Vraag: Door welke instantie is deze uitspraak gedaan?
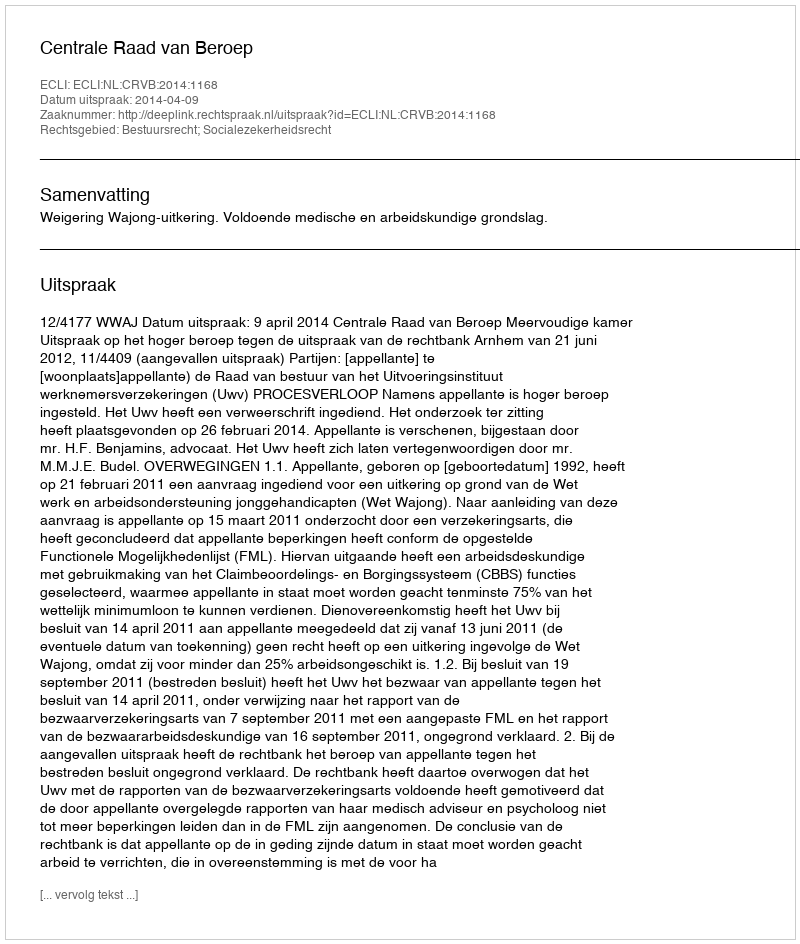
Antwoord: Centrale Raad van Beroep